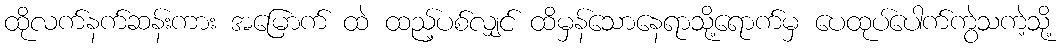
ထိုလက်နက်ဆန်းကား အမြောက် ထဲ ထည့်ပစ်လျှင် ထိမှန်သောနေရာသို့ရောက်မှ ပေထုပ်ပေါက်ကွဲသကဲ့သို့